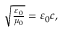
\begin{array} { r } { \sqrt { \frac { \varepsilon _ { 0 } } { \mu _ { 0 } } } = \varepsilon _ { 0 } c , } \end{array}